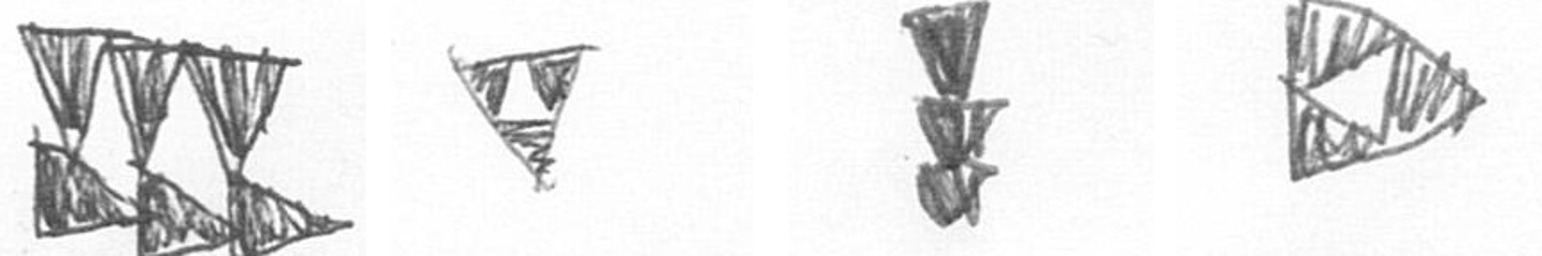
D S E K